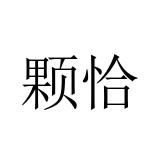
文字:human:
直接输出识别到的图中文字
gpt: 颗恰